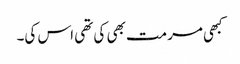
کبھی مرمت بھی کی تھی اس کی۔